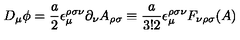
D _ { \mu } \phi = \frac { a } { 2 } \epsilon _ { \mu } ^ { \rho \sigma \nu } \partial _ { \nu } A _ { \rho \sigma } \equiv \frac { a } { 3 ! 2 } \epsilon _ { \mu } ^ { \rho \sigma \nu } F _ { \nu \rho \sigma } ( A )